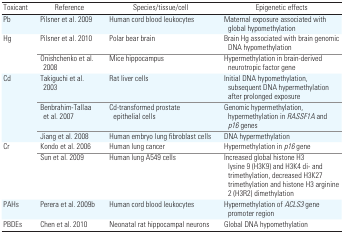
| Toxicant | Reference | Species/tissue/cell | Epigenetic effects |
 | --- | --- | --- | --- |
 | Pb | Pilsner et al. 2009 | Human cord blood leukocytes | Maternal exposure associated with global hypomethylation |
 | <ROWSPAN=2> Hg | Pilsner et al. 2010 | Polar bear brain | Brain Hg associated with brain genomic DNA hypomethylation |
 | Onishchenko et al. 2008 | Mice hippocampus | Hypermethylation in brain-derived neurotropic factor gene |
 | <ROWSPAN=3> Cd | Takiguchi et al. 2003 | Rat liver cells | Initial DNA hypomethylation, subsequent DNA hypermethylation after prolonged exposure |
 | Benbrahim-Tallaa et al. 2007 | Cd-transformed prostate epithelial cells | Genomic hypermethylation, hypermethylation in RASSF1A and p16 genes |
 | Jiang et al. 2008 | Human embryo lung fibroblast cells | DNA hypermethylation |
 | <ROWSPAN=2> Cr | Kondo et al. 2006 | Human lung cancer | Hypermethylation in p16 gene |
 | Sun et al. 2009 | Human lung A549 cells | Increased global histone H3 lysine 9 (H3K9) and H3K4 di- and trimethylation, decreased H3K27 trimethylation and histone H3 arginine 2 (H3R2) dimethylation |
 | PAHs | Perera et al. 2009b | Human cord blood leukocytes | Hypermethylation of ACLS3 gene promoter region |
 | PBDEs | Chen et al. 2010 | Neonatal rat hippocampal neurons | Global DNA hypomethylation |